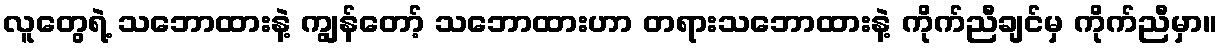
လူတွေရဲ့ သဘောထားနဲ့ ကျွန်တော့် သဘောထားဟာ တရားသဘောထားနဲ့ ကိုက်ညီချင်မှ ကိုက်ညီမှာ။